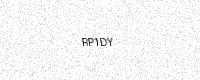
Text: RP1DY